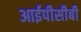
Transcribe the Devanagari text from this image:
आईपीसीबी